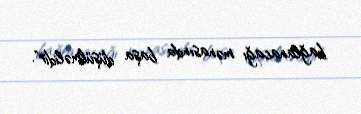
bağlanacağı mənasında başa düşülməlidir".